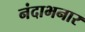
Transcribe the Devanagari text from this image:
नंदाभनार